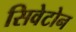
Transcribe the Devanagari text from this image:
सिवेटोन